Civil Veterinary Department. Madras. Admin. report 1926-33 - 1926-1933
Year: 1926
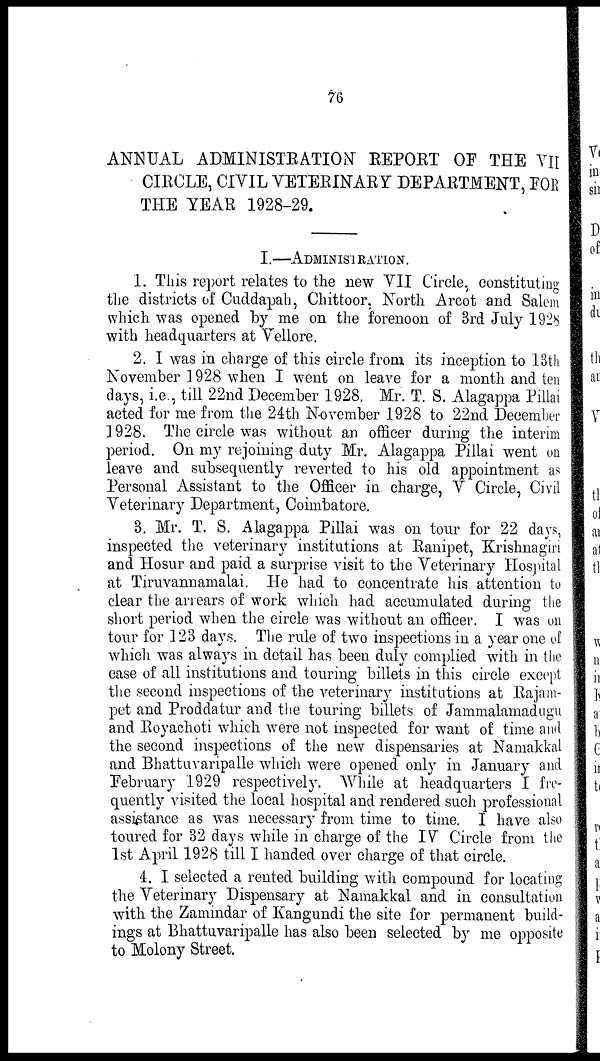
76
ANNUAL ADMINISTRATION REPORT OP THE VII
CIRCLE, CIVIL VETERINARY DEPARTMENT, FOR
THE YEAR 1928-29.
I.—ADMINISTRATION.
1. This report relates to the new VII Circle, constituting
the districts of Cuddapah, Chittoor, North Arcot and Salem
which was opened by me on the forenoon of 3rd July 192b
with headquarters at Vellore.
2. I was in charge of this circle from its inception to 18th
November 1928 when I went on leave for a month and ten
days, i.e., till 22nd December 1928. Mr. T. S. Alagappa Pillai
acted for me from the 24th November 1928 to 22nd December
1928. The circle was without an officer during the interim
period. On my rejoining duty Mr. Alagappa Pillai went on
leave and subsequently reverted to his old appointment as
Personal Assistant to the Officer in charge, V Circle, Civil
Veterinary Department, Coimbatore.
3. Mr. T. S. Alagappa Pillai was on tour for 22 days,
inspected the veterinary institutions at Ranipet, Krishnagiri
and Hosur and paid a surprise visit to the Veterinary Hospital
at Tiruvannamalai. He had to concentrate his attention to
clear the arrears of work which had accumulated during the
short period when the circle was without an officer. I was on
tour for 123 days. The rule of two inspections in a year one of
which was always in detail has been duly complied with in the
case of all institutions and touring billets in this circle except
the second inspections of the veterinary institutions at Rajam-
pet and Proddatur and the touring billets of Jammalamadugu
and Royachoti which were not inspected for want of time and
the second inspections of the new dispensaries at Namakkal
and Bhattuvaripalle which were opened only in January and
February 1929 respectively. While at headquarters I fre-
quently visited the local hospital and rendered such professional
assistance as was necessary from time to time. I have also
toured for 32 days while in charge of the IV Circle from the
1st April 1928 till I handed over charge of that circle.
4. I selected a rented building with compound for locating
the Veterinary Dispensary at Namakkal and in consultation
with the Zamindar of Kangundi the site for permanent build-
ings at Bhattuvaripalle has also been selected by me opposite
to Molony Street.